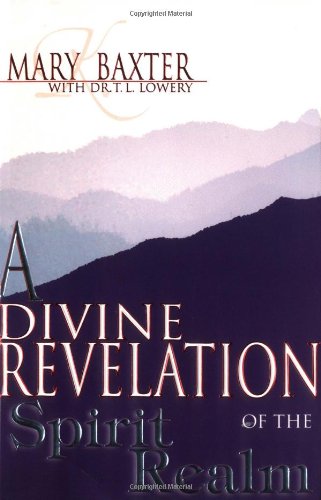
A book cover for Divine Revelation Of The Spirit Realm; Mary Baxter; Christian Books & Bibles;